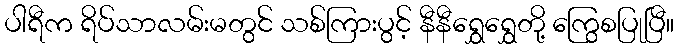
ပါရီက ရိပ်သာလမ်းမတွင် သစ်ကြားပွင့် နီနီရွှေရွှေတို့ ကြွေစပြုပြီ။